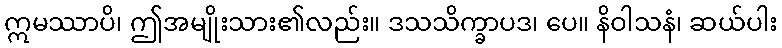
ဣမဿာပိ၊ ဤအမျိုးသား၏လည်း။ ဒသသိက္ခာပဒ၊ ပေ။ နိဝါသနံ၊ ဆယ်ပါး